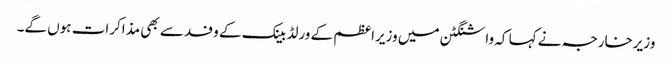
وزیرخارجہ نے کہا کہ واشنگٹن میں وزیراعظم کے ورلڈ بینک کے وفد سے بھی مذاکرات ہوں گے۔